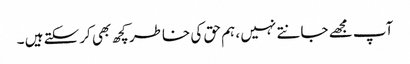
آپ مجھے جانتے نہیں ، ہم حق کی خاطر کچھ بھی کرسکتے ہیں ۔